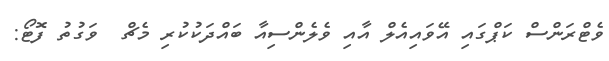
ވެޓްރަންސް ކަޕްގައި އޭވައިއެލް އާއި ވެލެންސިއާ ބައްދަކުކުރި މެޗް  ވަގުތު ފޮޓޯ: